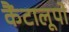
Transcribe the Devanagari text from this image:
कैंटालूपो